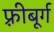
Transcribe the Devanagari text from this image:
फ़्रीबूर्ग